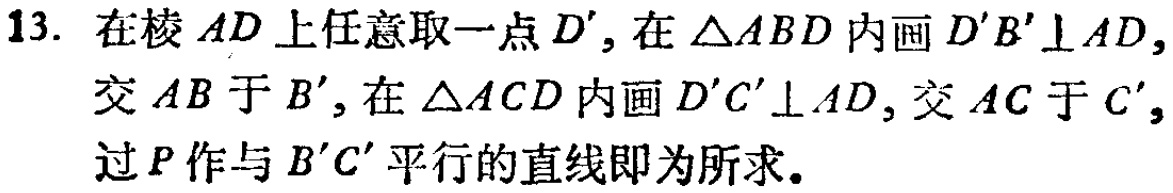
13. 在棱 \(AD\) 上任意取一点 \(D'\)，在 \(\triangle ABD\) 内画 \(D'B'\perp AD\)，交 \(AB\) 于 \(B'\)，在 \(\triangle ACD\) 内画 \(D'C'\perp AD\)，交 \(AC\) 于 \(C'\)，过 \(P\) 作与 \(B'C'\) 平行的直线即为所求。